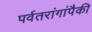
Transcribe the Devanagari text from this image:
पर्वतरांगांपैकी